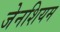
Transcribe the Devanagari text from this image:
जेनशियम